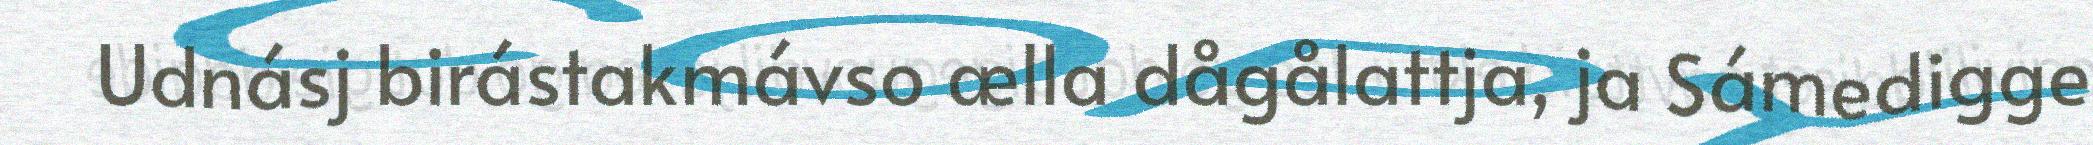
Udnásj birástakmávso ælla dågålattja, ja Sámedigge